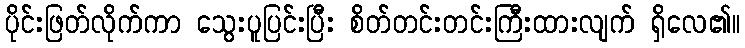
ပိုင်းဖြတ်လိုက်ကာ သွေးပူပြင်းပြီး စိတ်တင်းတင်းကြီးထားလျက် ရှိလေ၏။